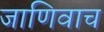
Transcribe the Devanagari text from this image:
जाणिवाच